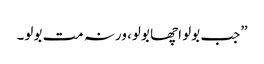
”جب بولو اچھا بولو، ورنہ مت بولو۔